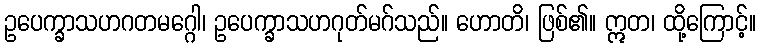
ဥပေက္ခာသဟဂတမဂ္ဂေါ၊ ဥပေက္ခာသဟဂုတ်မဂ်သည်။ ဟောတိ၊ ဖြစ်၏။ ဣတ၊ ထို့ကြောင့်။